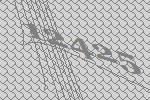
12425